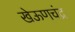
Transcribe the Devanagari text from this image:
खेऊणचंद्र